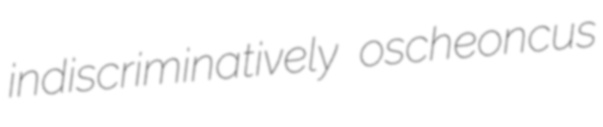
indiscriminatively oscheoncus